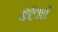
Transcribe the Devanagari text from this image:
बेटैनी